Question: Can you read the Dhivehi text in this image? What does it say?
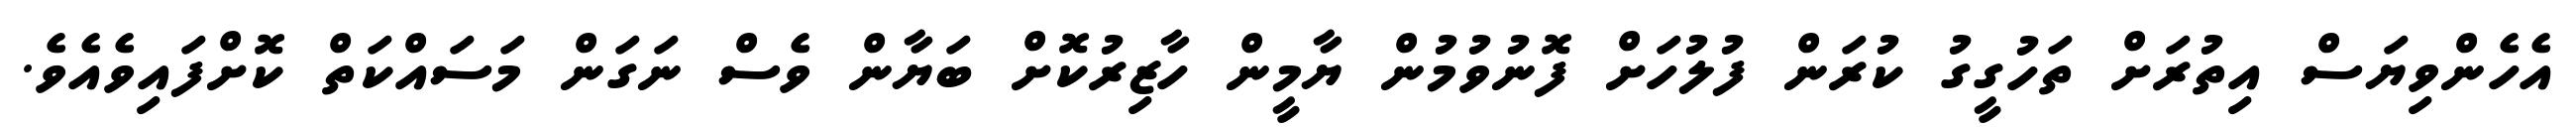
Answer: އެހެންވިޔަސް އިތުރަށް ތަހުގީގު ކުރަން ފުލުހަށް ފޮނުވުމުން ޔާމީން ހާޒިރުކޮށް ބަޔާން ވެސް ނަގަން މަސައްކަތް ކޮށްފައިވެއެވެ.